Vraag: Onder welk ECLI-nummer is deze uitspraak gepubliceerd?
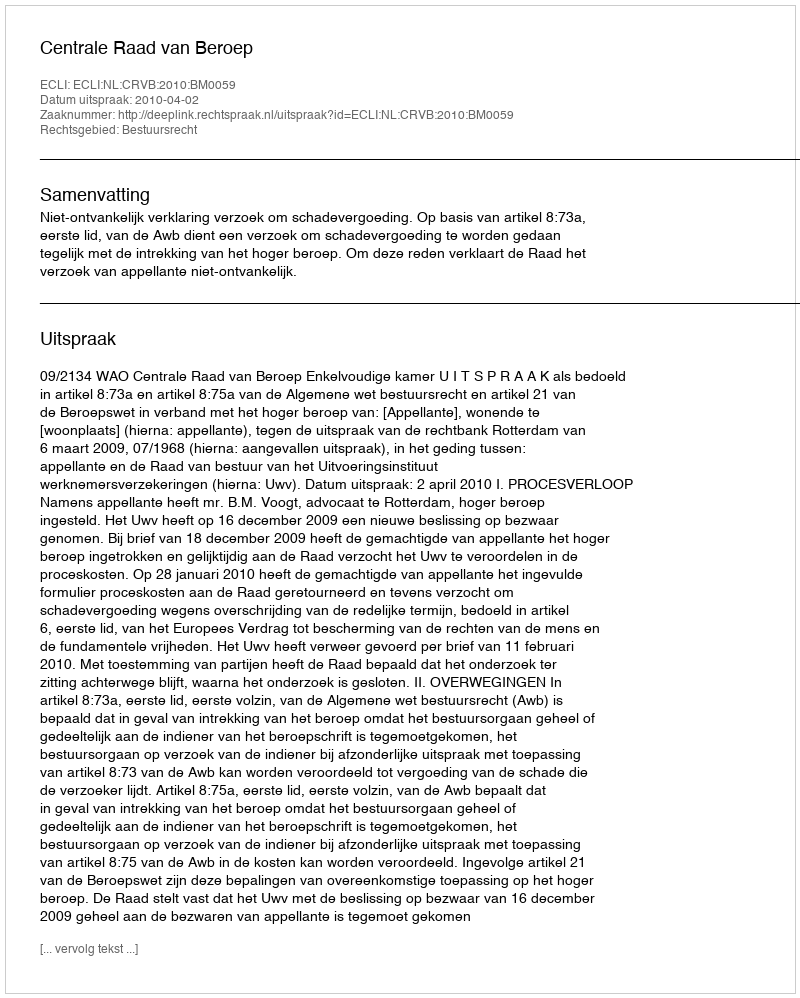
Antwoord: ECLI:NL:CRVB:2010:BM0059